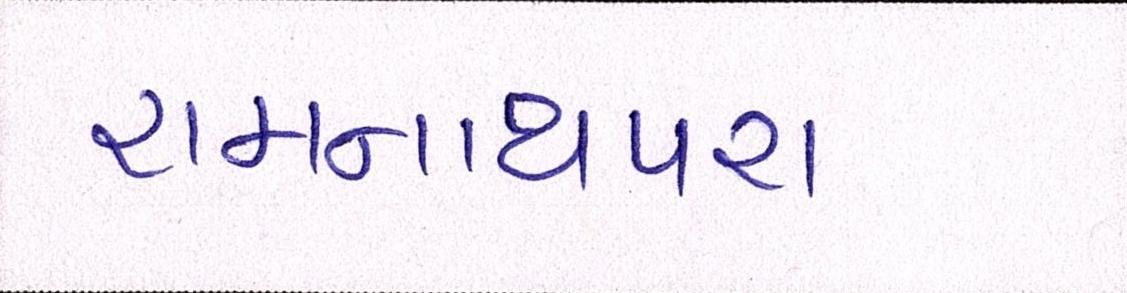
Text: રામનાથપરા